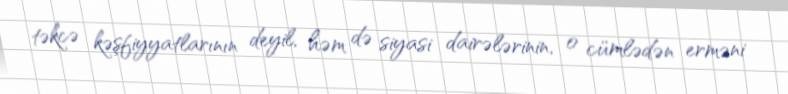
təkcə kəşfiyyatlarının deyil, həm də siyasi dairələrinin, o cümlədən erməni